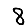
Digit: 8